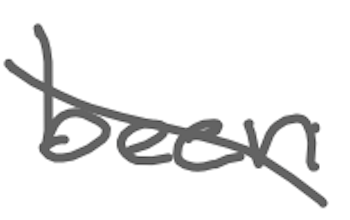
Text: been
Cross-out: diagonal
Writing tool: digital_gray